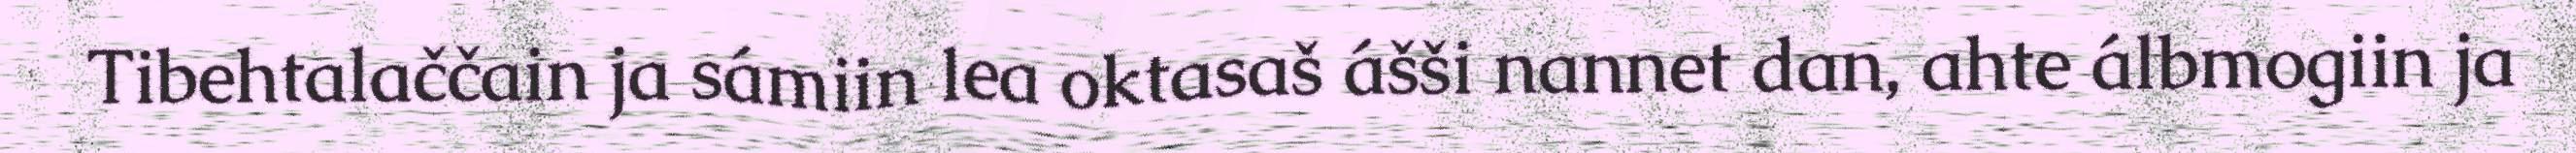
Tibehtalaččain ja sámiin lea oktasaš ášši nannet dan, ahte álbmogiin ja